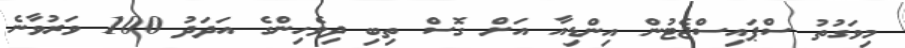
މިވަގުތު ސްޕައިސްޖެޓުން އިންޑިއާ އަށް ގޮސް ތިބި ދިވެހިންގެ އަދަދު 100 ވަރުވާނެ